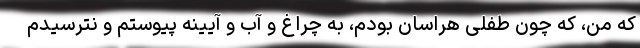
که من، که چون طفلی هراسان بودم، به چراغ و آب و آیینه پیوستم و نترسیدم